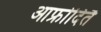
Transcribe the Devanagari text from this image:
आफ्रोदितै